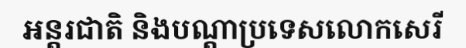
អន្តរជាតិ និងបណ្តាប្រទេសលោកសេរី